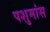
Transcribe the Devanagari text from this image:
पशुमांस